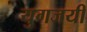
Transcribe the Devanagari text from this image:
युगजयी